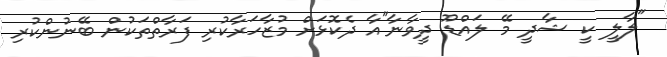
"ލާލީ ކީ ޝާދީ މޭ ލައްޑޫ ދީވާނާ"އާ ދެކޮޅަށް މުޒާހަރާކުރި ފަރާތްތަކުން ބޭނުންކުރި